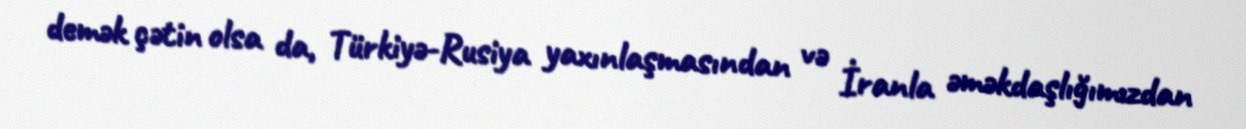
demək çətin olsa da, Türkiyə-Rusiya yaxınlaşmasından və İranla əməkdaşlığımızdan